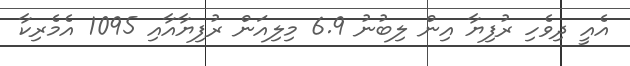
އެއީ ދިވެހި ރުފިޔާ އިން ލިބުނު 6.9 މިލިއަން ރުފިޔާއާއި 1095 އެމެރިކާ